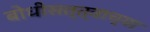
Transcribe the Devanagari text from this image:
बोधीसत्त्वाच्या